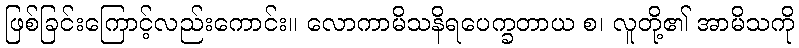
ဖြစ်ခြင်းကြောင့်လည်းကောင်း။ လောကာမိသနိရပေက္ခတာယ စ၊ လူတို့၏ အာမိသကို